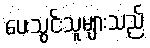
ပေးသွင်းသူများသည်